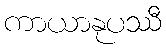
ကာယာနုပဿီ